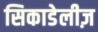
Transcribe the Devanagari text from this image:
सिकाडेलीज़